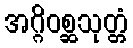
အဂ္ဂိဝစ္ဆသုတ္တံ